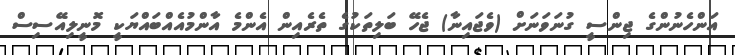
އަންހެނުންގެ ޖިންސީ ގުނަވަނަށް (ވެޖައިނާ) ޖެހޭ ބަލިތަކުގެ ތެރެއިން އެންމެ އާންމުއެއްބައްޔަކީ މޮނީލިއޭސިސް